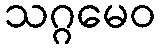
သဂ္ဂမေဝ